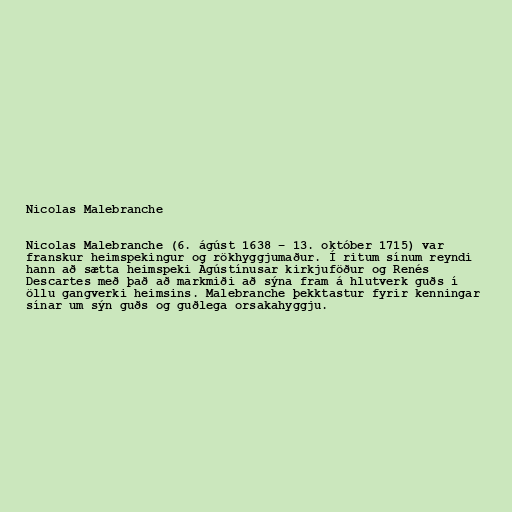
Nicolas Malebranche

Nicolas Malebranche (6. ágúst 1638 – 13. október 1715) var
franskur heimspekingur og rökhyggjumaður. Í ritum sínum reyndi
hann að sætta heimspeki Ágústínusar kirkjuföður og Renés
Descartes með það að markmiði að sýna fram á hlutverk guðs í
öllu gangverki heimsins. Malebranche þekktastur fyrir kenningar
sínar um sýn guðs og guðlega orsakahyggju.